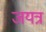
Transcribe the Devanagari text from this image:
जयत्र